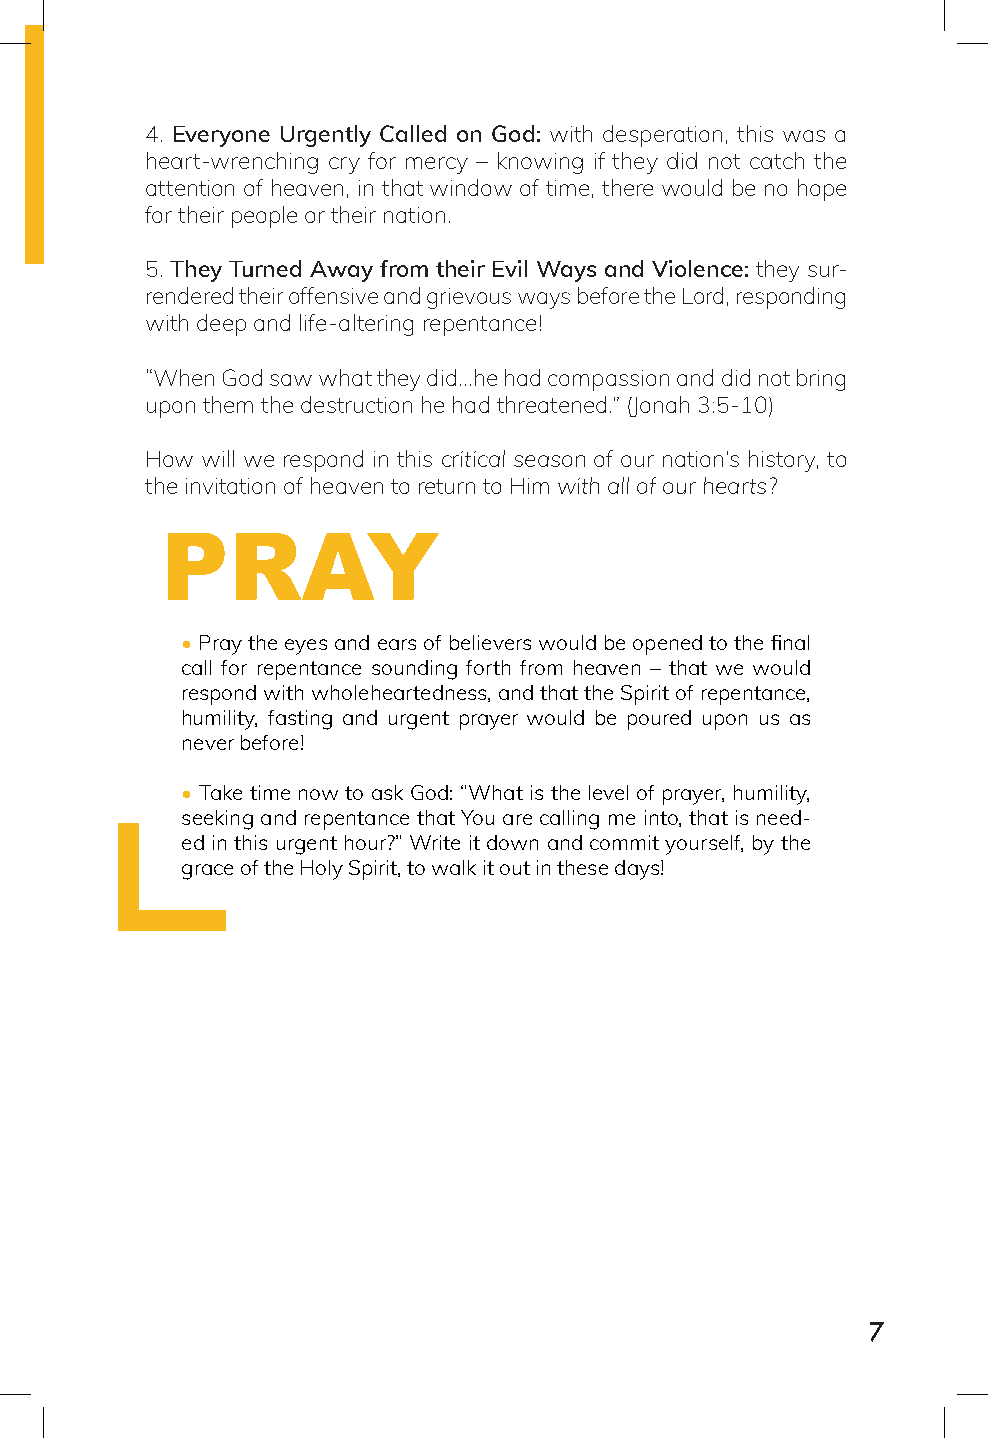
4. Everyone Urgently Called on God: with desperation, this was a
 heart-wrenching cry for mercy – knowing if they did not catch the
 attention of heaven, in that window of time, there would be no hope
 for their people or their nation.
 5. They Turned Away from their Evil Ways and Violence: they sur-
 rendered their offensive and grievous ways before the Lord, responding
 Sammy Tippit with deep and life-altering repentance!
 “When God saw what they did...he had compassion and did not bring
 upon them the destruction he had threatened.” (Jonah 3:5-10)
 How will we respond in this critical season of our nation’s history, to
 the invitation of heaven to return to Him with all of our hearts?
 PRAY
 • Pray the eyes and ears of believers would be opened to the final
 call for repentance sounding forth from heaven – that we would
 respond with wholeheartedness, and that the Spirit of repentance,
 humility, fasting and urgent prayer would be poured upon us as
 never before!
 • Take time now to ask God: “What is the level of prayer, humility,
 seeking and repentance that You are calling me into, that is need-
 ed in this urgent hour?” Write it down and commit yourself, by the
 grace of the Holy Spirit, to walk it out in these days!
 7